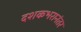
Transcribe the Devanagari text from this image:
दशकभरानंतर